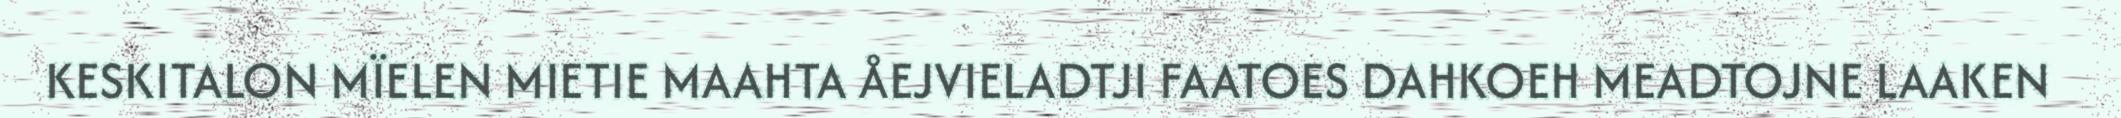
KESKITALON MÏELEN MIETIE MAAHTA ÅEJVIELADTJI FAATOES DAHKOEH MEADTOJNE LAAKEN